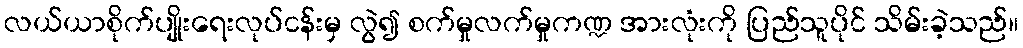
လယ်ယာစိုက်ပျိုးရေးလုပ်ငန်းမှ လွဲ၍ စက်မှုလက်မှုကဏ္ဍ အားလုံးကို ပြည်သူပိုင် သိမ်းခဲ့သည်။